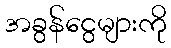
အခွန်ငွေများကို